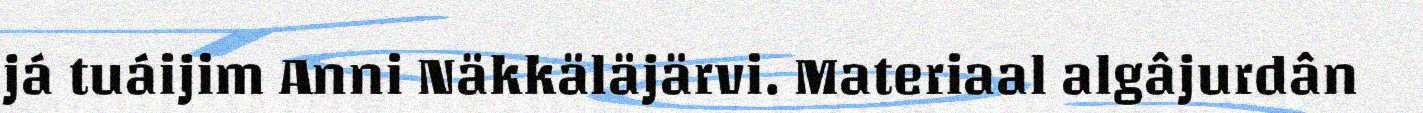
já tuáijim Anni Näkkäläjärvi. Materiaal algâjurdân